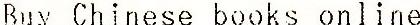
BUY CHINESE BOOKS ONLINE